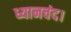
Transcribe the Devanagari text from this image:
ध्यानचंद।